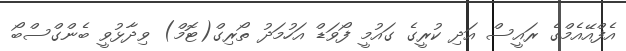
އެފްއޭއެމްގެ ރައީސް އަދި ކުރީގެ ގައުމީ ފޯވަޑް އަހުމަދު ތޯރިގް(ޓޮމް) ވިދާޅުވީ ބެންގްސްބޯ